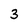
Character: 3